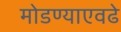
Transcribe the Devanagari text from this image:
मोडण्याएवढे